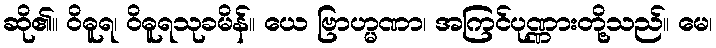
ဆို၏။ ဝိဓူရ၊ ဝိဓူရသုခမိန်။ ယေ ဗြာဟ္မဏာ၊ အကြင်ပုဏ္ဏားတို့သည်။ မေ၊